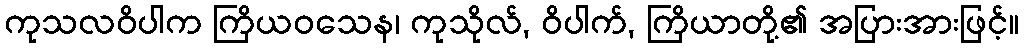
ကုသလဝိပါက ကြိယဝသေန၊ ကုသိုလ်, ဝိပါက်, ကြိယာတို့၏ အပြားအားဖြင့်။